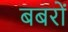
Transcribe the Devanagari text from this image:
बबरों